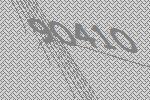
90410